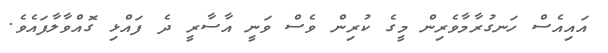
އައިއެސް ހަނގުރާމާވެރިން މީގެ ކުރިން ވެސް ވަނީ އާސާރީ ދެ ފައްޅި ގޮއްވާލާފައެވެ.